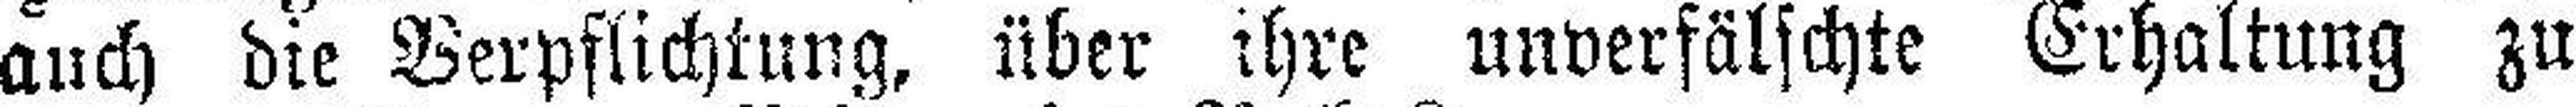
auch die Verpflichtung, über ihre unverfälschte Erhaltung zu